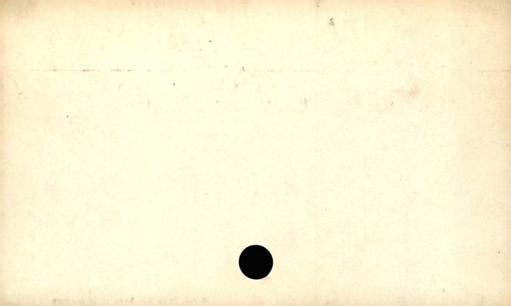
Label: blank